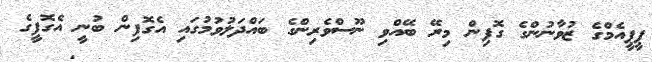
ޕީޕީއެމްގެ ޒުވާނުންގެ ގޮފިން މިރޭ ބޭއްވި ނޫސްވެރިންގެ ބައްދަލުވުމުގައި އެގޮފިން ބުނީ އެގޮފީގެ